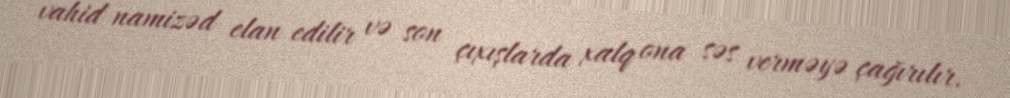
vahid namizəd elan edilir və son çıxışlarda xalq ona səs verməyə çağırılır.